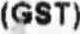
(GST)